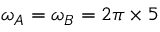
\omega _ { A } = \omega _ { B } = 2 \pi \times 5